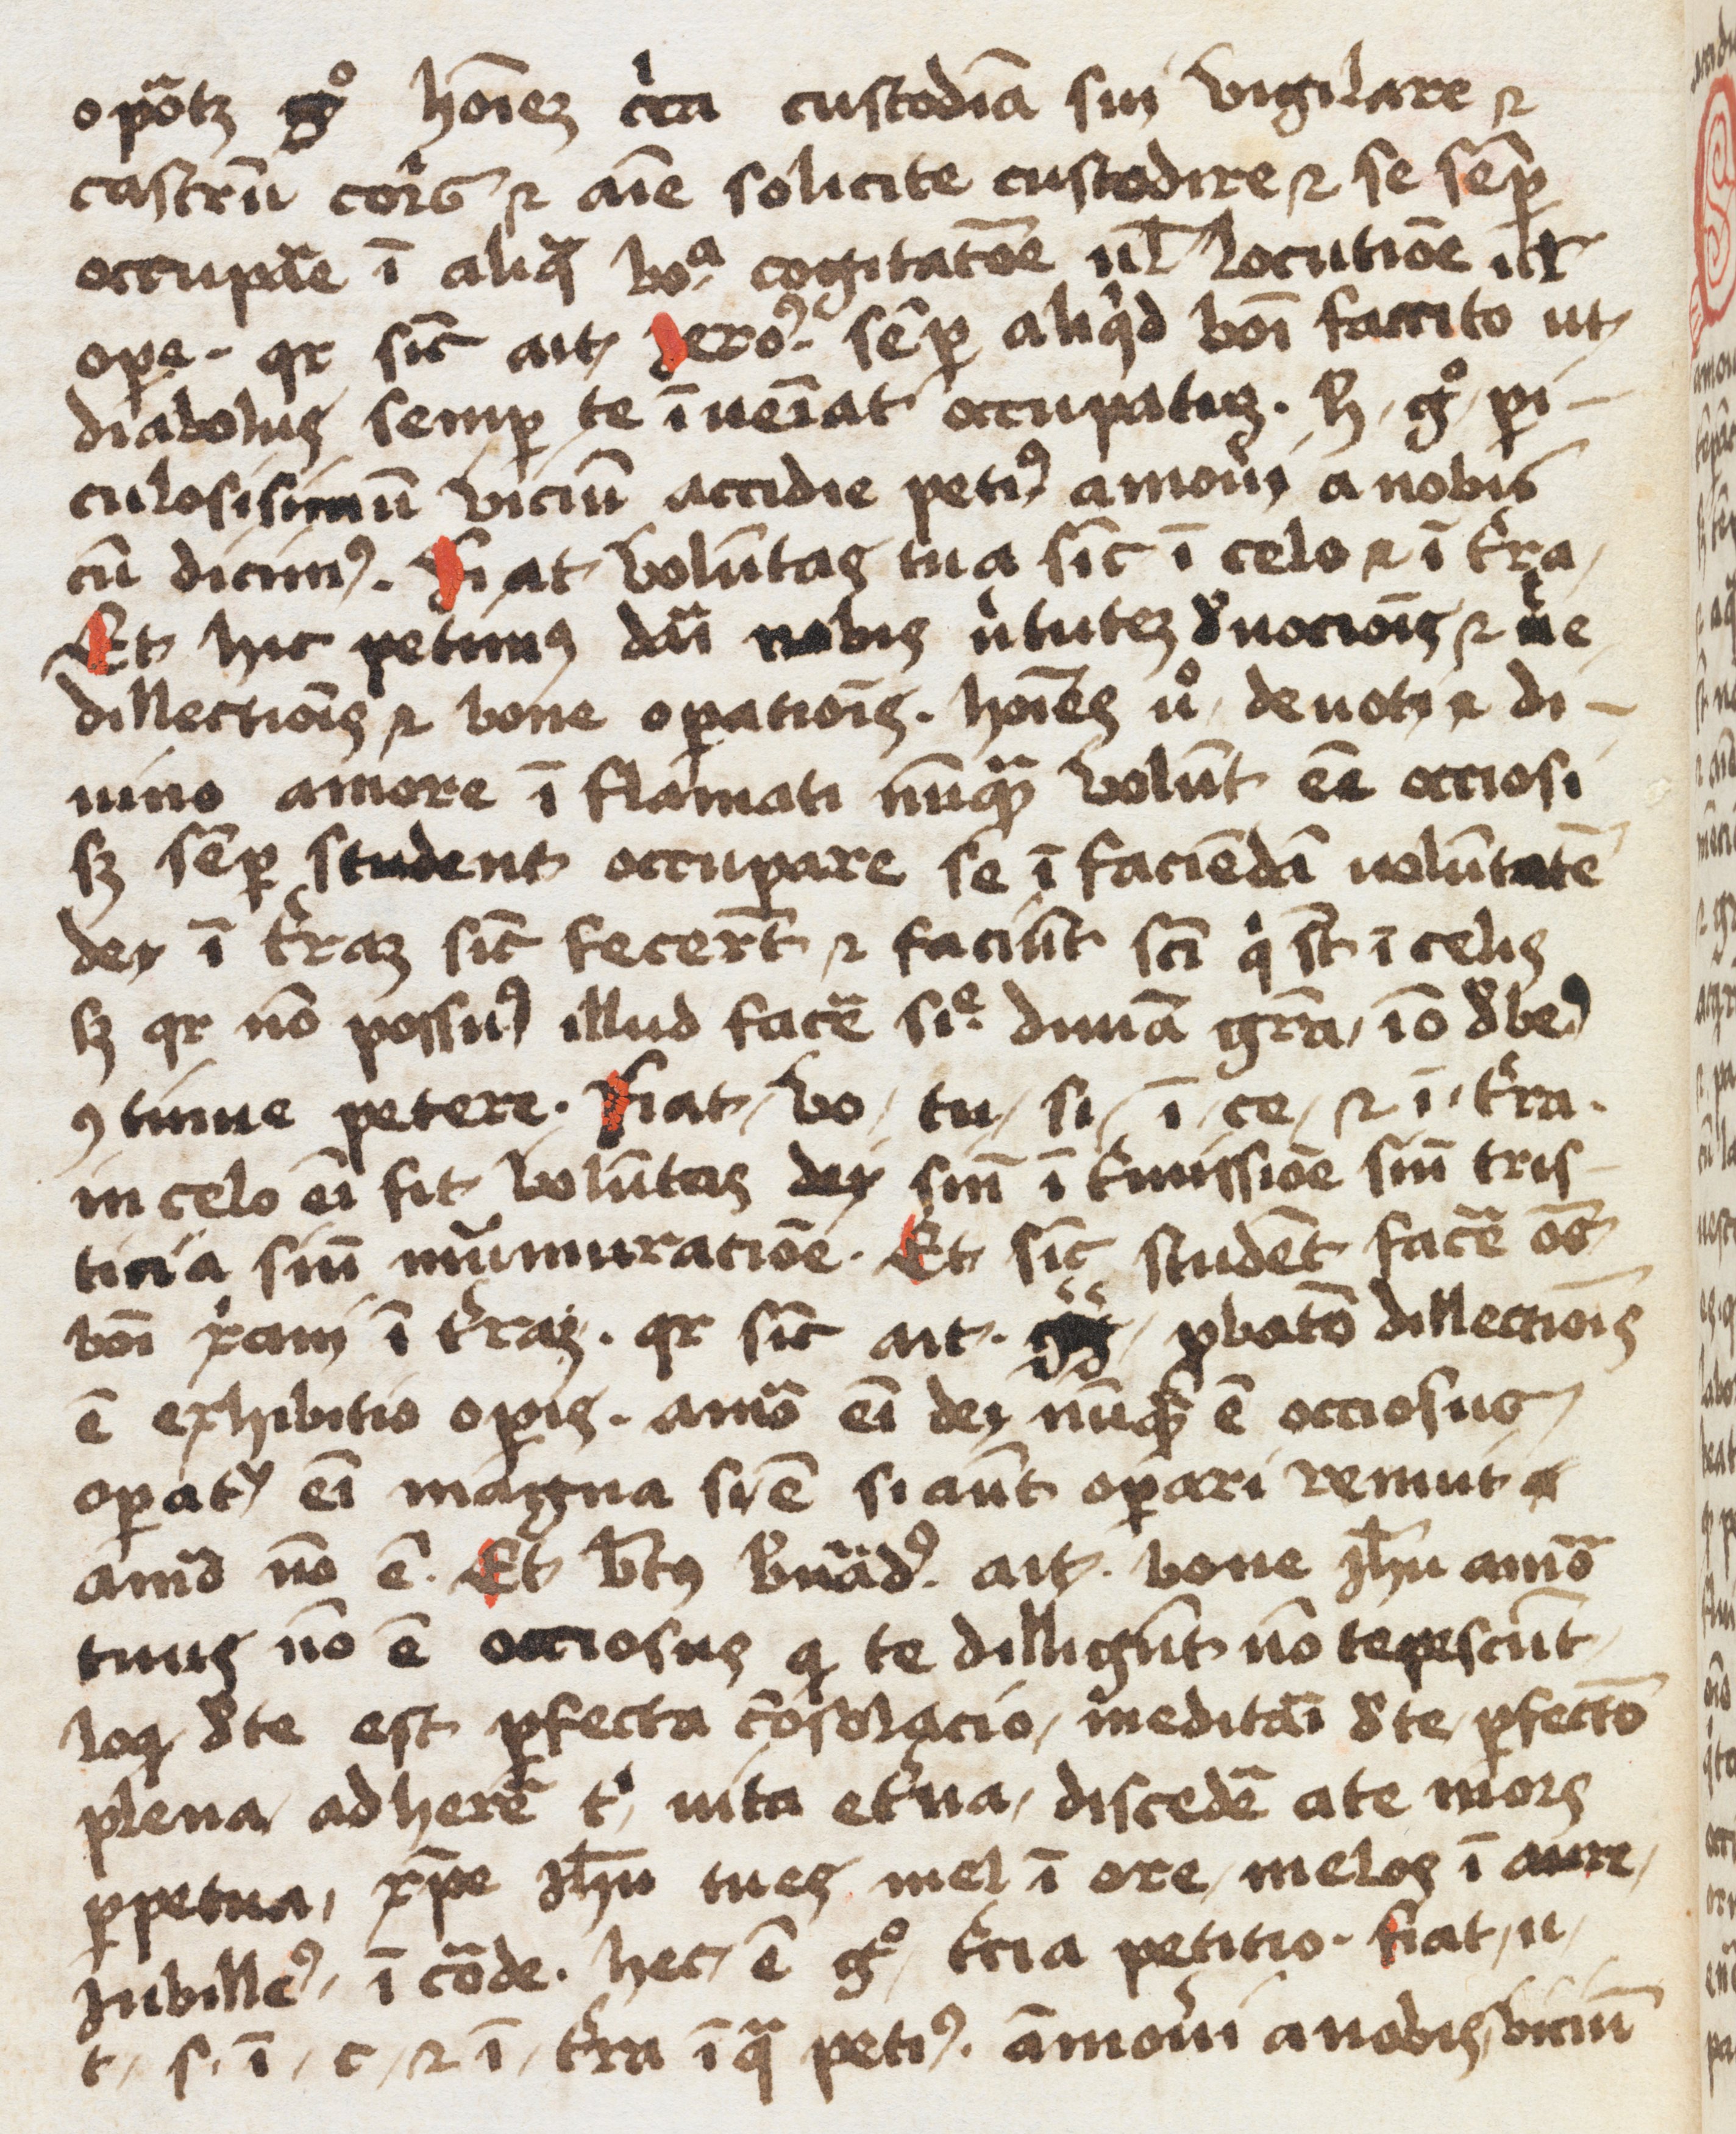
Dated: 1500–1599